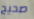
صحيح